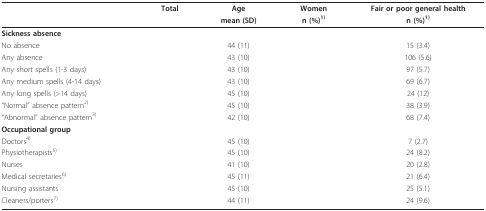
<table><thead><tr><td>[EMPTY_CELL]</td><td><b>Total</b></td><td><b>Age</b></td><td><b>Women</b></td><td><b>Fair or poor general health</b></td></tr><tr><td>[EMPTY_CELL]</td><td>[EMPTY_CELL]</td><td><b>mean (SD)</b></td><td><b>n (%)<sup>1)</sup></b></td><td><b>n (%)<sup>1)</sup></b></td></tr></thead><tbody><tr><td><b>Sickness absence</b></td><td>[EMPTY_CELL]</td><td>[EMPTY_CELL]</td><td>[EMPTY_CELL]</td><td>[EMPTY_CELL]</td></tr><tr><td>No absence</td><td>[EMPTY_CELL]</td><td>44 (11)</td><td>[EMPTY_CELL]</td><td>15 (3.4)</td></tr><tr><td>Any absence</td><td>[EMPTY_CELL]</td><td>43 (10)</td><td>[EMPTY_CELL]</td><td>106 (5.6)</td></tr><tr><td>Any short spells (1-3 days)</td><td>[EMPTY_CELL]</td><td>43 (10)</td><td>[EMPTY_CELL]</td><td>97 (5.7)</td></tr><tr><td>Any medium spells (4-14 days)</td><td>[EMPTY_CELL]</td><td>43 (10)</td><td>[EMPTY_CELL]</td><td>69 (6.7)</td></tr><tr><td>Any long spells (&gt;14 days)</td><td>[EMPTY_CELL]</td><td>45 (10)</td><td>[EMPTY_CELL]</td><td>24 (12)</td></tr><tr><td>"Normal" absence pattern<sup>2)</sup></td><td>[EMPTY_CELL]</td><td>45 (10)</td><td>[EMPTY_CELL]</td><td>38 (3.9)</td></tr><tr><td>"Abnormal" absence pattern<sup>3)</sup></td><td>[EMPTY_CELL]</td><td>42 (10)</td><td>[EMPTY_CELL]</td><td>68 (7.4)</td></tr><tr><td><b>Occupational group</b></td><td>[EMPTY_CELL]</td><td>[EMPTY_CELL]</td><td>[EMPTY_CELL]</td><td>[EMPTY_CELL]</td></tr><tr><td>Doctors<sup>4)</sup></td><td>[EMPTY_CELL]</td><td>45 (10)</td><td>[EMPTY_CELL]</td><td>7 (2.7)</td></tr><tr><td>Physiotherapists<sup>5)</sup></td><td>[EMPTY_CELL]</td><td>45 (10)</td><td>[EMPTY_CELL]</td><td>24 (8.2)</td></tr><tr><td>Nurses</td><td>[EMPTY_CELL]</td><td>41 (10)</td><td>[EMPTY_CELL]</td><td>20 (2.8)</td></tr><tr><td>Medical secretaries<sup>6)</sup></td><td>[EMPTY_CELL]</td><td>45 (11)</td><td>[EMPTY_CELL]</td><td>21 (6.4)</td></tr><tr><td>Nursing assistants</td><td>[EMPTY_CELL]</td><td>45 (10)</td><td>[EMPTY_CELL]</td><td>25 (5.1)</td></tr><tr><td>Cleaners/porters<sup>7)</sup></td><td>[EMPTY_CELL]</td><td>44 (11)</td><td>[EMPTY_CELL]</td><td>24 (9.6)</td></tr></tbody></table>